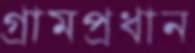
গ্রামপ্রধান